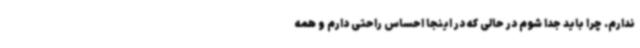
ندارم. چرا باید جدا شوم در حالی که در اینجا احساس راحتی دارم و همه